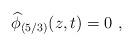
LaTeX: \begin{align*}\widehat{\phi}_{(5/3)}(z,t)=0\ ,\end{align*}